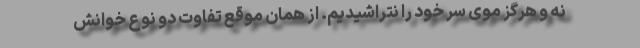
نه و هرگز موی سر خود را نتراشیدیم. از همان موقع تفاوت دو نوع خوانش